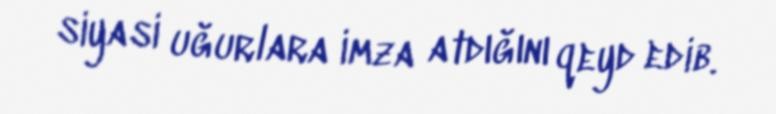
siyasi uğurlara imza atdığını qeyd edib.